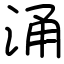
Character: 涌